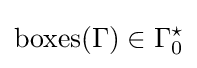
{\text{boxes}}(\Gamma )\in \Gamma _{0}^{\star }